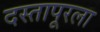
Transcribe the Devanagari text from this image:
दस्तापूरला